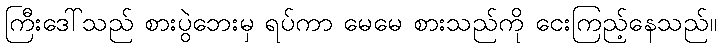
ကြီးဒေါ်သည် စားပွဲဘေးမှ ရပ်ကာ မေမေ စားသည်ကို ငေးကြည့်နေသည်။